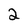
Character: 2